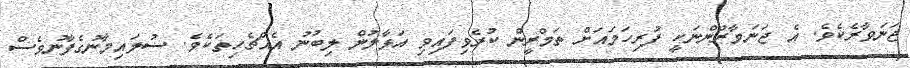
ޖަނަވާރެކެވެ. އެ ޖަނަވާރުންނަކީ ފުރިހަމައަށް ތަމްރީން ކުރެވިފައިވި އަޅާލުން ލިބުނު އެއްޗެހިތަކެވެ. ސުލައިމާނުގެފާނުވެސް